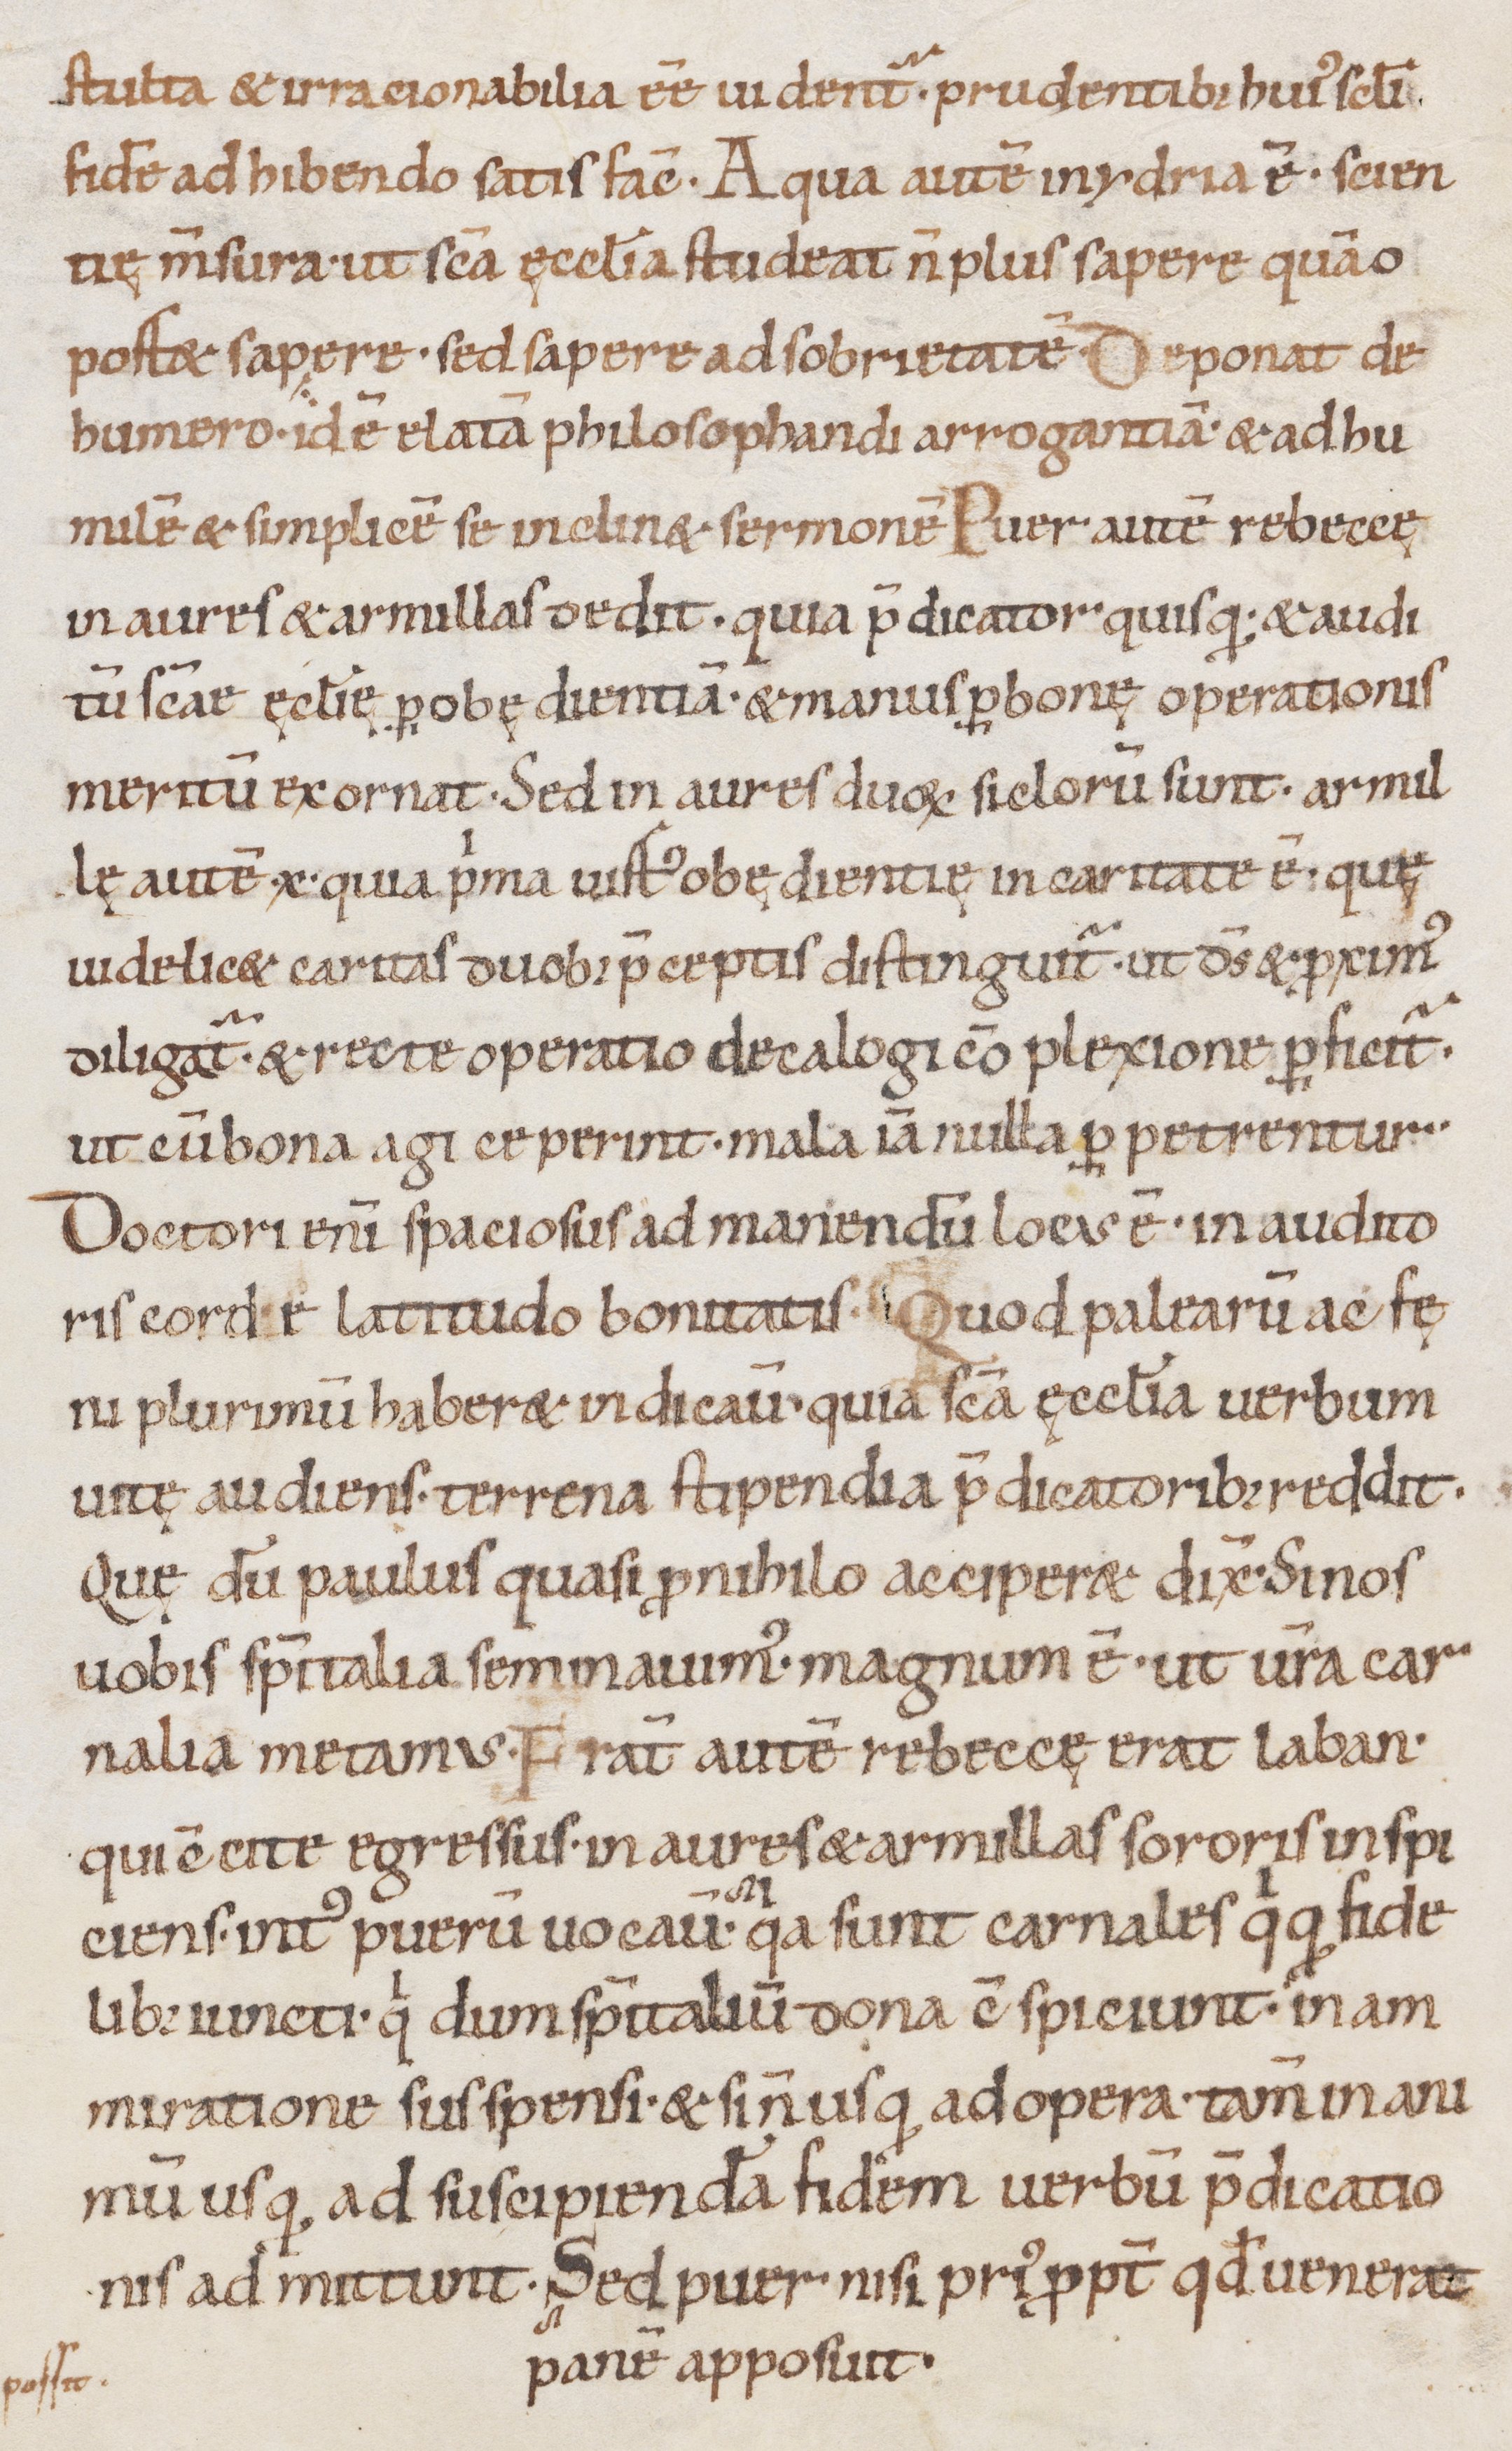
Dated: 1000–1099